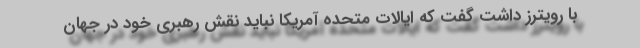
با رویترز داشت گفت که ایالات متحده آمریکا نباید نقش رهبری خود در جهان